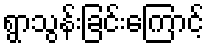
ရွာသွန်းခြင်းကြောင့်